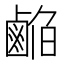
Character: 𱊹